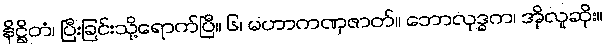
နိဋ္ဌိတံ၊ ပြီးခြင်းသို့ရောက်ပြီ။ ၆၊ မဟာကဏှဇာတ်။ ဘောလုဒ္ဓက၊ အိုလူဆိုး။